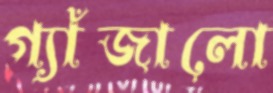
গ্যাঁজালো